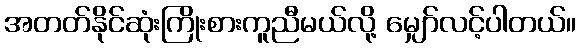
အတတ်နိုင်ဆုံးကြိုးစားကူညီမယ်လို့ မျှော်လင့်ပါတယ်။